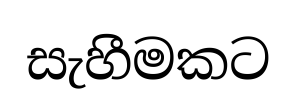
සැහීමකට